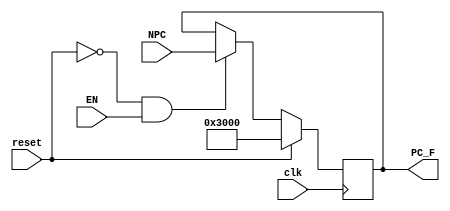
`timescale 1ns / 1ps
//////////////////////////////////////////////////////////////////////////////////
// Company: 
// Engineer: 
// 
// Design Name: 
// Module Name:    PC 
// Project Name: 
// Target Devices: 
// Tool versions: 
// Description: 
//
// Dependencies: 
//
// Revision: 
// Revision 0.01 - File Created
// Additional Comments: 
//
//////////////////////////////////////////////////////////////////////////////////
module PC(
    input [31:0] NPC,
    input EN,
    input reset,
    input clk,
    output [31:0] PC_F
    );
	reg[31:0] pc;
	assign PC_F = pc;
	initial begin
		pc = 32'h00003000;
	end
	always @(posedge clk) begin 
		if (reset) begin
			pc = 32'h00003000;
		end
		else if(reset == 0 && EN == 1) begin
			pc <= NPC;
		end
		else if(reset == 0 && EN == 0) begin
			pc <= pc;
		end
	end

endmodule